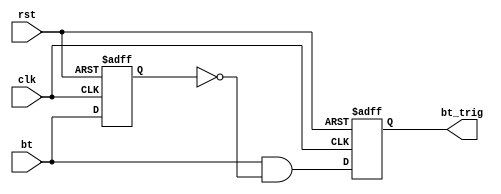
module oneshot(clk, rst, bt, bt_trig);


parameter WIDTH = 1;
input clk, rst;
input [WIDTH-1:0] bt;
reg [WIDTH-1:0] bt_reg;
output reg [WIDTH-1:0] bt_trig;

always @(negedge rst or posedge clk) begin
    if(!rst) begin
        bt_reg <= {WIDTH{1'b0}};
        bt_trig <= {WIDTH{1'b0}};
      end
      else begin
        bt_reg <= bt;
        bt_trig <= bt & ~ bt_reg;
      end
   end
   
   endmodule